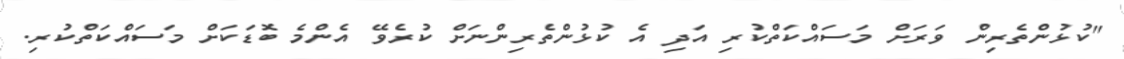
"ކުޅުންތެރިން ވަރަށް މަސައްކަތްކުރި އަދި އެ ކުޅުންތެރިންނަށް ކުރެވޭ އެންމެ ބޮޑަކަށް މަސައްކަތްކުރި.